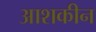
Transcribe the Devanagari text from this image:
आशकीन